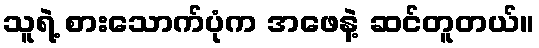
သူရဲ့ စားသောက်ပုံက အဖေနဲ့ ဆင်တူတယ်။